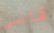
قاسى